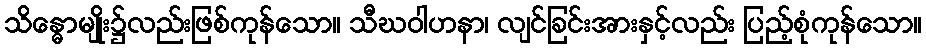
သိန္ဓောမျိုး၌လည်းဖြစ်ကုန်သော။ သီဃဝါဟနာ၊ လျင်ခြင်းအားနှင့်လည်း ပြည့်စုံကုန်သော။